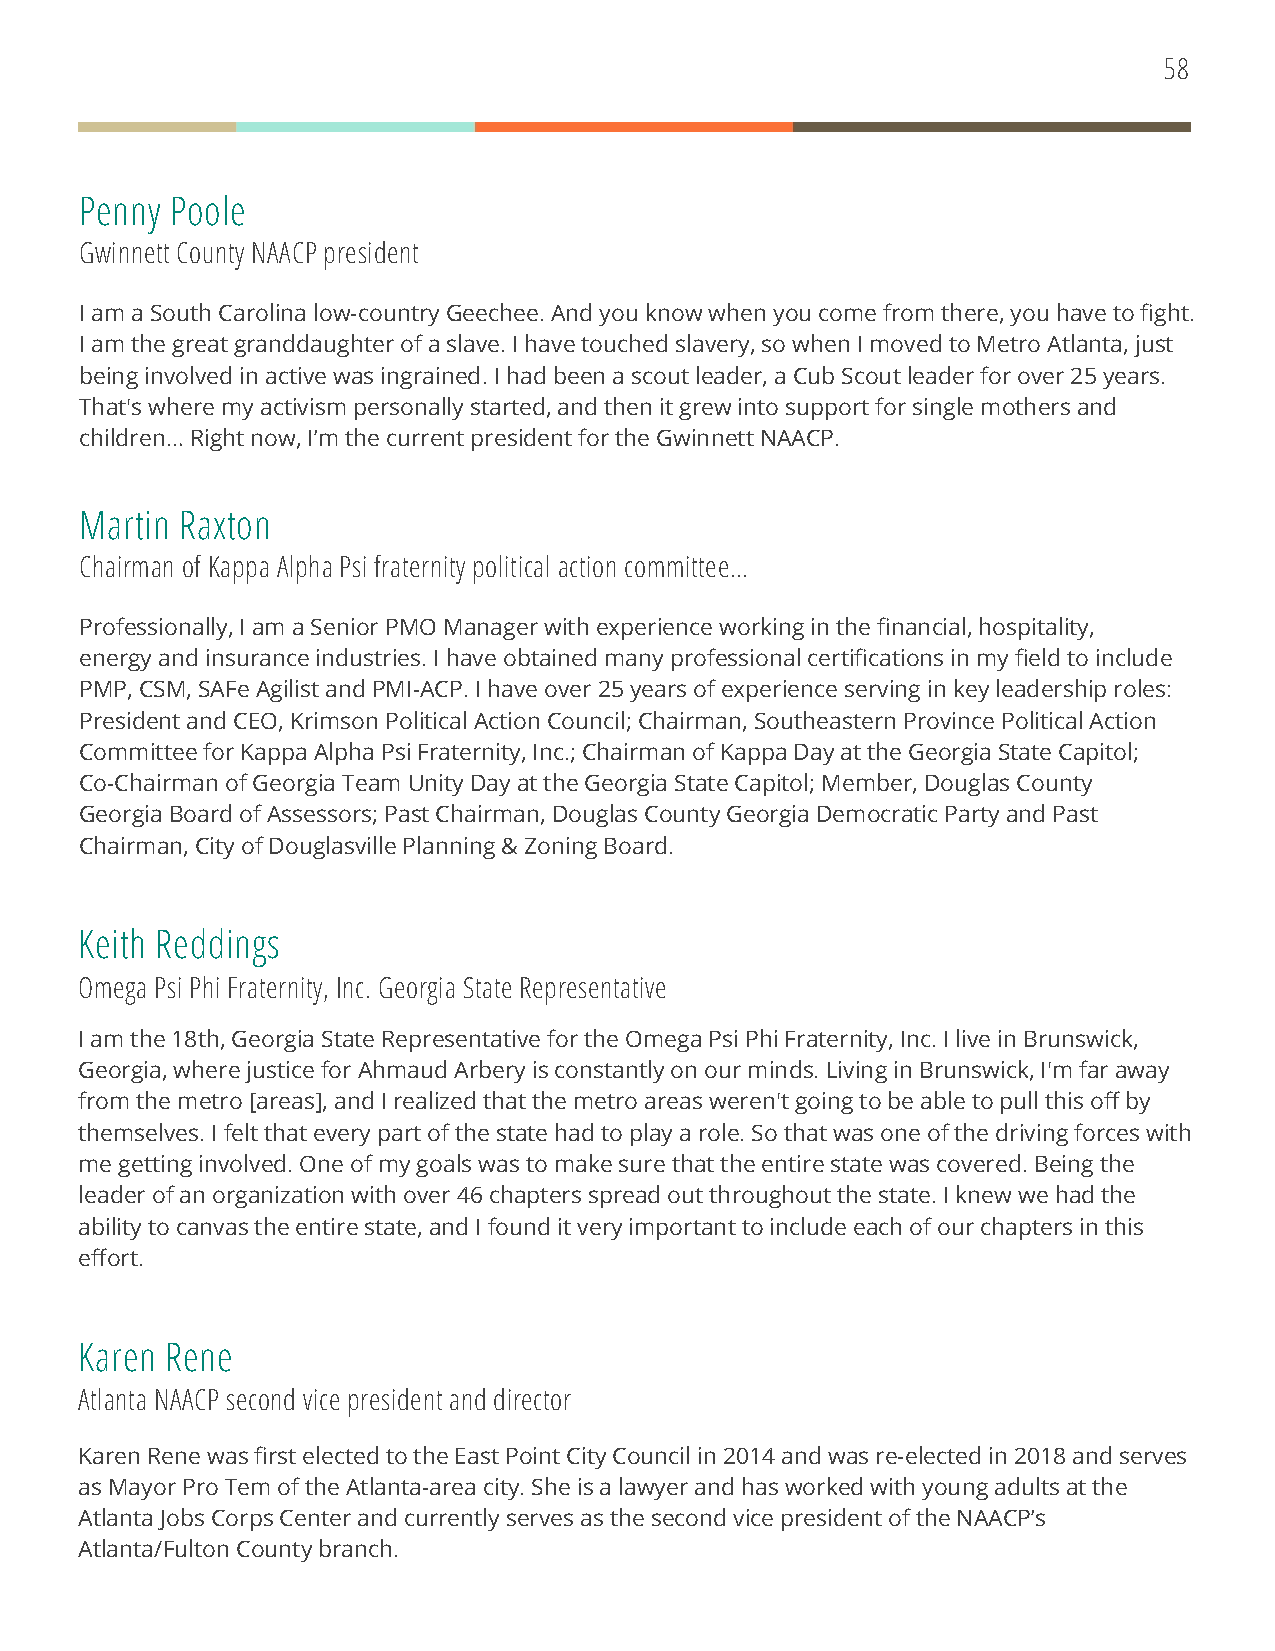
58
 Penny Poole
 Gwinnett County NAACP president
 I am a South Carolina low-country Geechee. And you know when you come from there, you have to fight.
 I am the great granddaughter of a slave. I have touched slavery, so when I moved to Metro Atlanta, just
 being involved in active was ingrained. I had been a scout leader, a Cub Scout leader for over 25 years.
 That's where my activism personally started, and then it grew into support for single mothers and
 children… Right now, I’m the current president for the Gwinnett NAACP.
 Martin Raxton
 Chairman of Kappa Alpha Psi fraternity political action committee…
 Professionally, I am a Senior PMO Manager with experience working in the financial, hospitality,
 energy and insurance industries. I have obtained many professional certifications in my field to include
 PMP, CSM, SAFe Agilist and PMI-ACP. I have over 25 years of experience serving in key leadership roles:
 President and CEO, Krimson Political Action Council; Chairman, Southeastern Province Political Action
 Committee for Kappa Alpha Psi Fraternity, Inc.; Chairman of Kappa Day at the Georgia State Capitol;
 Co-Chairman of Georgia Team Unity Day at the Georgia State Capitol; Member, Douglas County
 Georgia Board of Assessors; Past Chairman, Douglas County Georgia Democratic Party and Past
 Chairman, City of Douglasville Planning & Zoning Board.
 Keith Reddings
 Omega Psi Phi Fraternity, Inc. Georgia State Representative
 I am the 18th, Georgia State Representative for the Omega Psi Phi Fraternity, Inc. I live in Brunswick,
 Georgia, where justice for Ahmaud Arbery is constantly on our minds. Living in Brunswick, I'm far away
 from the metro [areas], and I realized that the metro areas weren't going to be able to pull this off by
 themselves. I felt that every part of the state had to play a role. So that was one of the driving forces with
 me getting involved. One of my goals was to make sure that the entire state was covered. Being the
 leader of an organization with over 46 chapters spread out throughout the state. I knew we had the
 ability to canvas the entire state, and I found it very important to include each of our chapters in this
 effort.
 Karen Rene
 Atlanta NAACP second vice president and director
 Karen Rene was first elected to the East Point City Council in 2014 and was re-elected in 2018 and serves
 as Mayor Pro Tem of the Atlanta-area city. She is a lawyer and has worked with young adults at the
 Atlanta Jobs Corps Center and currently serves as the second vice president of the NAACP’s
 Atlanta/Fulton County branch.